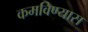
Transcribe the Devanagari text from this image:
कमविण्यास